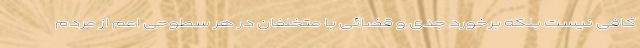
کافی نیست بلکه برخورد جدی و قضائی با متخلفان در هر سطوحی اعم از مردم